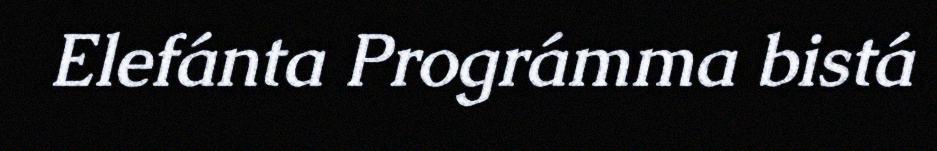
Elefánta Prográmma bistá